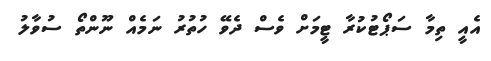
އެއީ ތިމާ ސަޕޯޓުކުރާ ޓީމަށް ވެސް ދެވޭ ހުތުރު ނަމެއް ނޫންތޯ ސުވާލު